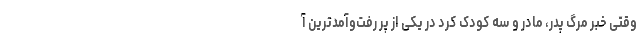
وقتی خبر مرگ پدر، مادر و سه کودک کُرد در یکی از پر رفت‌وآمدترین آ